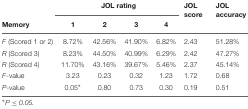
<table><thead><tr><td></td><td colspan="4"><b>JOL rating</b></td><td><b>JOL score</b></td><td><b>JOL accuracy</b></td></tr><tr><td><b>Memory</b></td><td><b>1</b></td><td><b>2</b></td><td><b>3</b></td><td><b>4</b></td><td></td><td></td></tr></thead><tbody><tr><td><i>F</i> (Scored 1 or 2)</td><td>8.72%</td><td>42.56%</td><td>41.90%</td><td>6.82%</td><td>2.43</td><td>51.28%</td></tr><tr><td><i>R</i> (Scored 3)</td><td>8.23%</td><td>44.50%</td><td>40.99%</td><td>6.29%</td><td>2.42</td><td>47.27%</td></tr><tr><td><i>R</i> (Scored 4)</td><td>11.70%</td><td>43.16%</td><td>39.67%</td><td>5.46%</td><td>2.37</td><td>45.14%</td></tr><tr><td><i>F</i>-value</td><td>3.23</td><td>0.23</td><td>0.32</td><td>1.23</td><td>1.72</td><td>0.68</td></tr><tr><td><i>P</i>-value</td><td>0.05<sup>∗</sup></td><td>0.80</td><td>0.73</td><td>0.30</td><td>0.19</td><td>0.51</td></tr></tbody></table>